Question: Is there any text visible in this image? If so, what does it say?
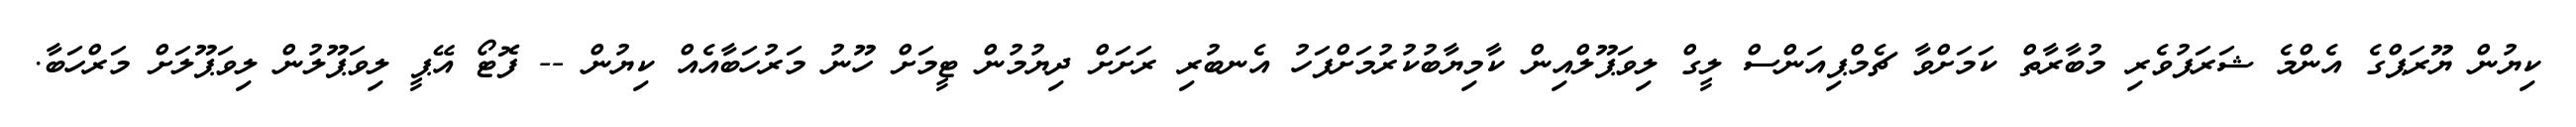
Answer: ކިޔުން ޔޫރަޕްގެ އެންމެ ޝަރަފުވެރި މުބާރާތް ކަމަށްވާ ޗެމްޕިއަންސް ލީގް ލިވަޕޫލްއިން ކާމިޔާބުކުރުމަށްފަހު އެނބުރި ރަށަށް ދިޔުމުން ޓީމަށް ހޫނު މަރުހަބާއެއް ކިޔުން -- ފޮޓޯ އޭޕީ ލިވަޕޫލުން ލިވަޕޫލަށް މަރްހަބާ.